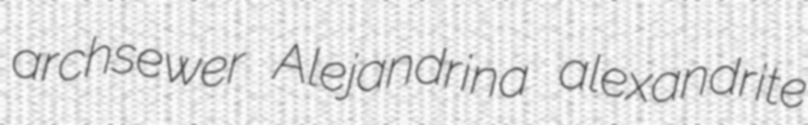
archsewer Alejandrina alexandrite